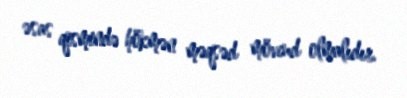
əsas qismində hökmən məqsəd mövcud olmalıdır.